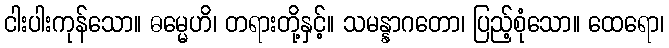
ငါးပါးကုန်သော။ ဓမ္မေဟိ၊ တရားတို့နှင့်။ သမန္နာဂတော၊ ပြည့်စုံသော။ ထေရော၊